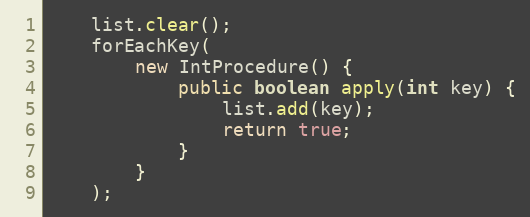
Language: Java
	list.clear();
	forEachKey(
		new IntProcedure() {
			public boolean apply(int key) {
				list.add(key);
				return true;
			}
		}
	);